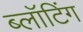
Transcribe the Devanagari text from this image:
ब्लॉटिंग